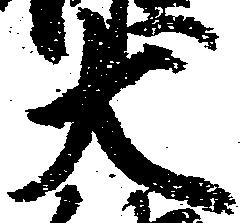
大